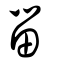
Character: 甾